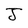
Character: J